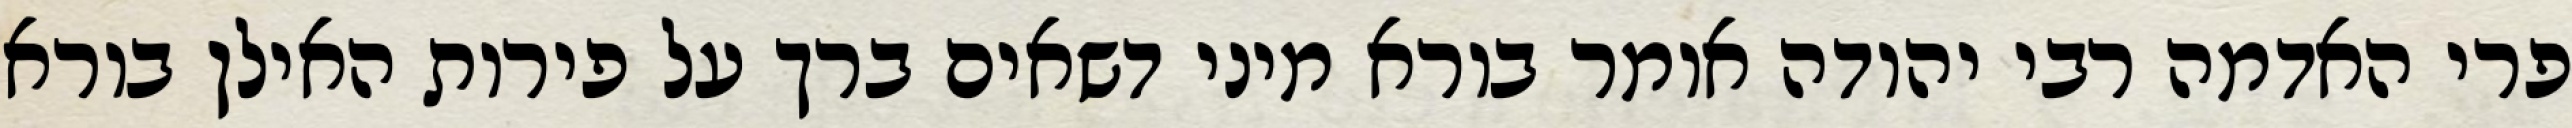
פרי האדמה רבי יהודה אומר בורא מיני דשאים ברך על פירות האילן בורא